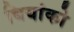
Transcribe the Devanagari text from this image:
बियांको